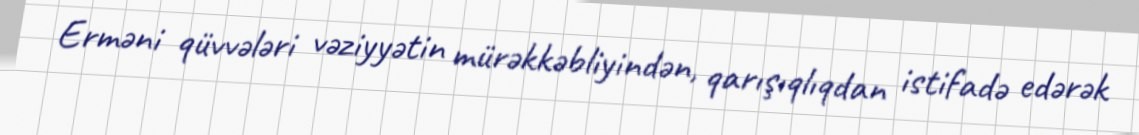
Erməni qüvvələri vəziyyətin mürəkkəbliyindən, qarışıqlıqdan istifadə edərək